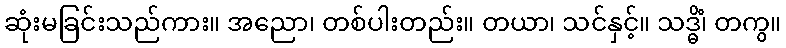
ဆုံးမခြင်းသည်ကား။ အညော၊ တစ်ပါးတည်း။ တယာ၊ သင်နှင့်။ သဒ္ဓိံ၊ တကွ။